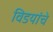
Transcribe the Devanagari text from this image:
विडयांचे